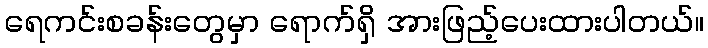
ရေကင်းစခန်းတွေမှာ ရောက်ရှိ အားဖြည့်ပေးထားပါတယ်။